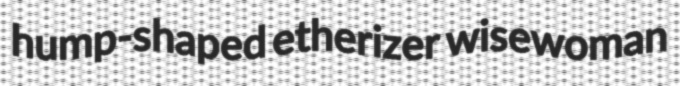
hump-shaped etherizer wisewoman